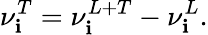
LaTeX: \nu_{\mathbf{i}}^{T}=\nu_{\mathbf{i}}^{L+T}-\nu_{\mathbf{i}}^{L}.